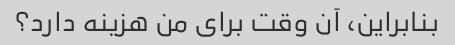
بنابراین، آن وقت برای من هزینه دارد؟